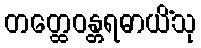
တတ္ထေဝန္တရဓာယိံသု